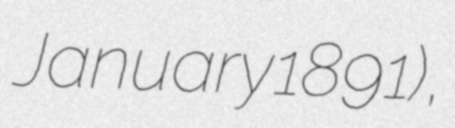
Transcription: January 1891),